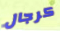
كرجال